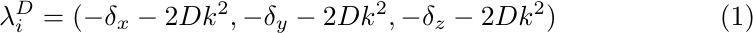
\begin{equation}\label{lambda}
   \lambda_i^D = (-\delta_x - 2 D k^2, - \delta_y - 2 D k^2, -\delta_z - 2 D k^2)
\end{equation}